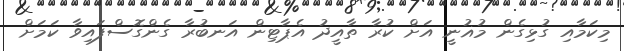
މިކަމާއި ގުޅިގެން މުޣުނީ އަށް ކުރާ ތާއީދު އެޕާޓިން އަނބުރާ ގެންގޮސްފައިވާ ކަމަށް